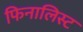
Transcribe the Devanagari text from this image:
फिनालिस्ट